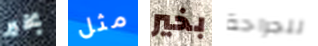
بخير مثل بخير للجراحة